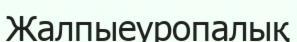
Жалпыеуропалық